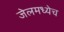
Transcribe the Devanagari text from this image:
जेलमध्येच